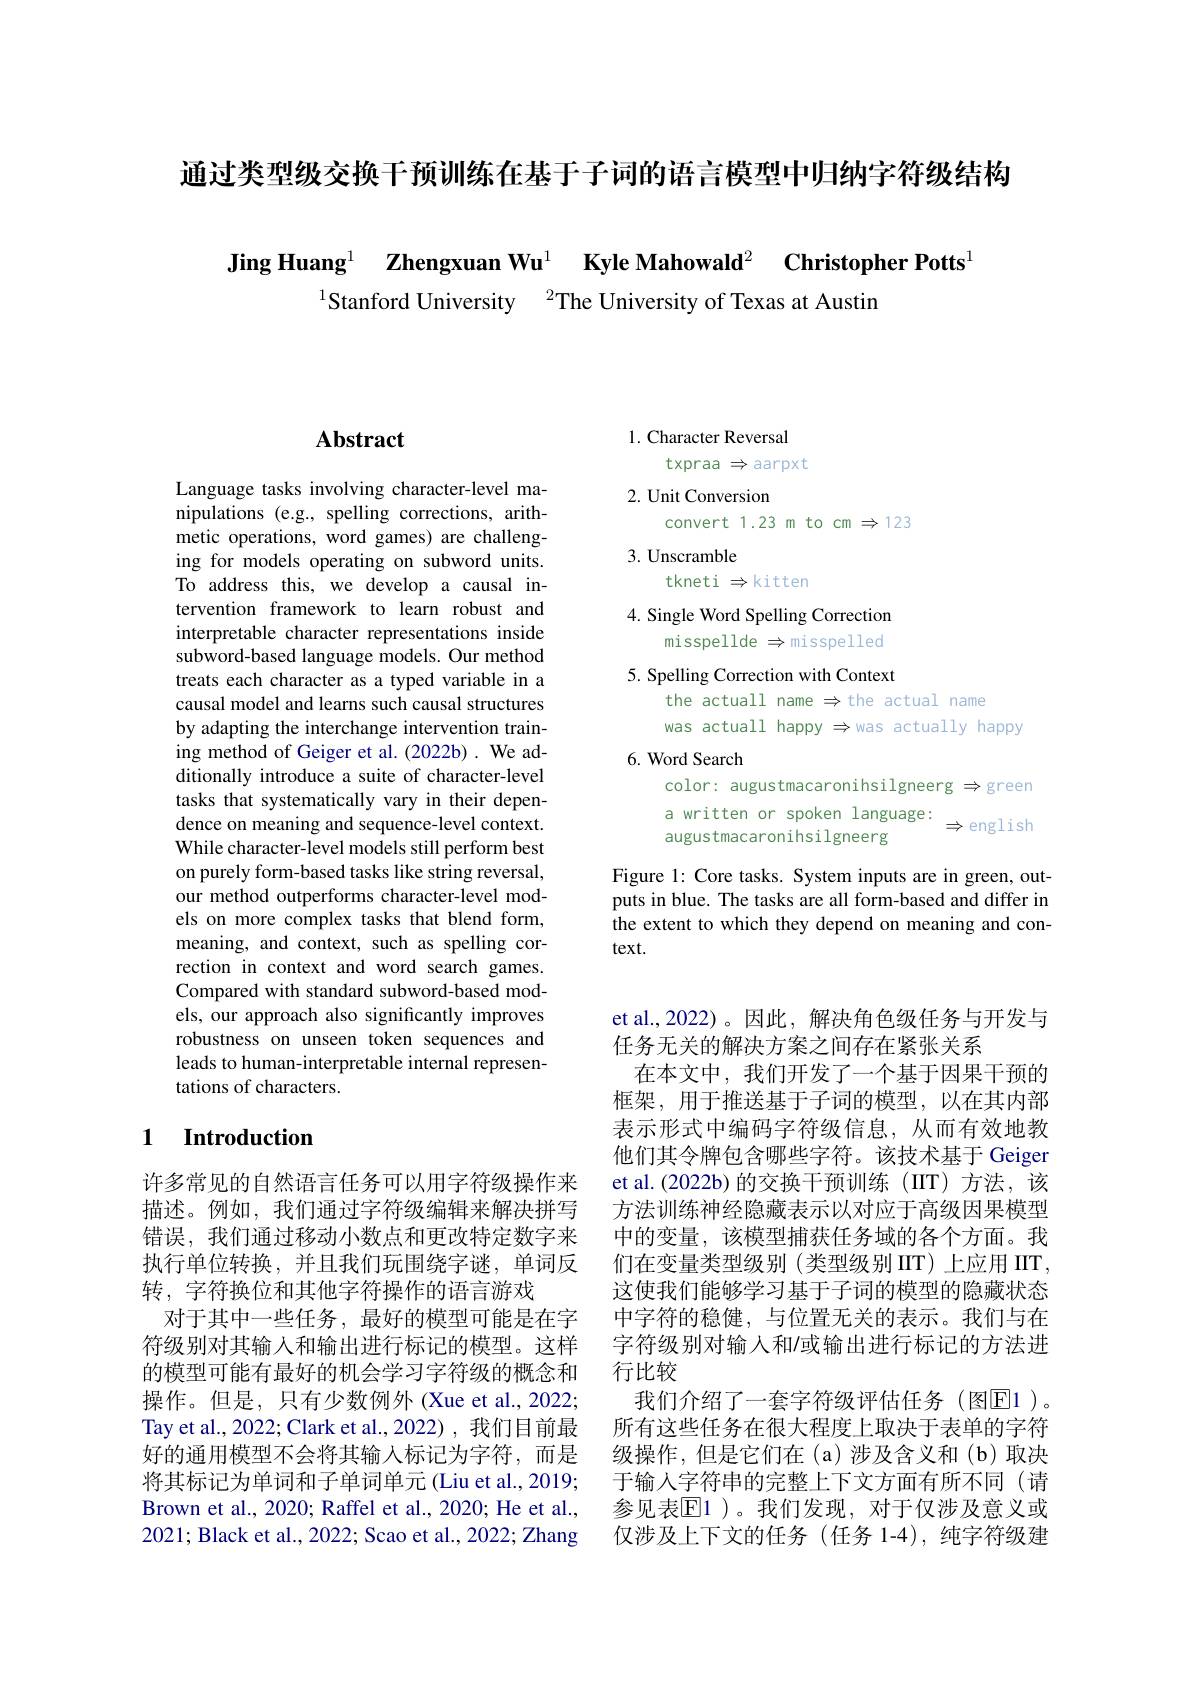
通过类型级交换干预训练在基于子词的语言模型中归纳字符级结构

Jing Huang$^1$ $\textbf{Zhengxuan Wu}^1$ $\textbf{Kyle Mahowald}^2$ $\textbf{Christopher Potts}^{1}$

$^{1}$Stanford University$\:^2$The University of Texas at Austin

# Abstract

Language tasks involving character-level manipulations (e.g., spelling corrections, arithmetic operations, word games) are challenging for models operating on subword units. To address this, we develop a causal intervention framework to learn robust and interpretable character representations inside subword-based language models. Our method treats each character as a typed variable in a causal model and learns such causal structures by adapting the interchange intervention training method of Geiger et al. (2022b) . We additionally introduce a suite of character-level tasks that systematically vary in their dependence on meaning and sequence-level context. While character-level models still perform best on purely form-based tasks like string reversal, our method outperforms character-level models on more complex tasks that blend form, meaning, and context, such as spelling correction in context and word search games. Compared with standard subword-based models, our approach also significantly improves robustness on unseen token sequences and leads to human-interpretable internal representations of characters.

### 1 $\textbf{Introduction}$

许多常见的自然语言任务可以用字符级操作来描述。例如，我们通过字符级编辑来解决拼写错误，我们通过移动小数点和更改特定数字来执行单位转换，并且我们玩围绕字谜，单词反转，字符换位和其他字符操作的语言游戏
对于其中一些任务，最好的模型可能是在字符级别对其输入和输出进行标记的模型。这样的模型可能有最好的机会学习字符级的概念和操作。但是，只有少数例外 (Xue et al., 2022; Tay et al., 2022; Clark et al., 2022) , 我们目前最好的通用模型不会将其输入标记为字符，而是将其标记为单词和子单词单元 (Liu et al., 2019; Brown et al., 2020; Raffel et al., 2020; He et al., 2021; Black et al., 2022; Scao et al., 2022; Zhang

1. Character Reversal
txpraa $\Rightarrow$ aarpxt
2. Unit Conversion
convert 1.23 m to cm $\Rightarrow123$
3. Unscramble
tkneti $\Rightarrow$kitten
4. Single Word Spelling Correction
misspellde $\Rightarrow$misspelled 5. Spelling Correction with Context
the actuall name $\Rightarrow$the actual name
was actuall happy $\Rightarrow$was actually happy
6. Word Search
color: augustmacaronihsilgneerg $\Rightarrow$green a written or spoken language: $\Rightarrow$english augustmacaronihsilgneerg
Figure 1: Core tasks. System inputs are in green, outputs in blue. The tasks are all form-based and differ in

the extent to which they depend on meaning and con-
text.

et al.,2022)。因此，解决角色级任务与开发与
任务无关的解决方案之间存在紧张关系
在本文中，我们开发了一个基于因果干预的框架，用于推送基于子词的模型，以在其内部表示形式中编码字符级信息，从而有效地教他们其令牌包含哪些字符。该技术基于 Geiger et al.(2022b)的交换干预训练(IIT)方法，该方法训练神经隐藏表示以对应于高级因果模型中的变量，该模型捕获任务域的各个方面。我们在变量类型级别(类型级别IIT)上应用 IIT, 这使我们能够学习基于子词的模型的隐藏状态中字符的稳健，与位置无关的表示。我们与在字符级别对输入和/或输出进行标记的方法进行比较
我们介绍了一套字符级评估任务(图$\boxed{\mathrm{E}}1)$。所有这些任务在很大程度上取决于表单的字符级操作，但是它们在(a)涉及含义和(b)取决于输入字符串的完整上下文方面有所不同(请参见表$\mathbb{E}$1 )。我们发现，对于仅涉及意义或仅涉及上下文的任务(任务 1-4),纯字符级建